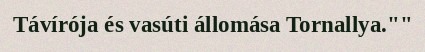
Távírója és vasúti állomása Tornallya.""